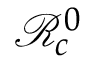
\mathcal { R } _ { c } ^ { 0 }